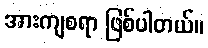
အားကျစရာ ဖြစ်ပါတယ်။